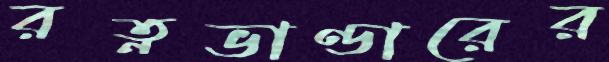
রত্নভাণ্ডারের